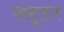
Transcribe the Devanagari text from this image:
फ्लूटर